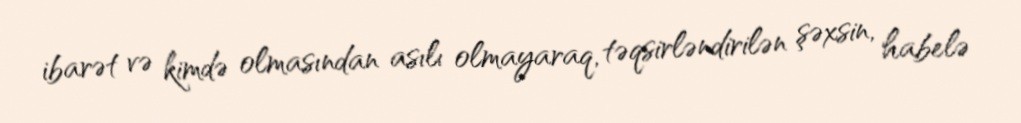
ibarət və kimdə olmasından asılı olmayaraq, təqsirləndirilən şəxsin, habelə